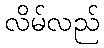
လိမ်လည်